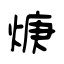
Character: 焿